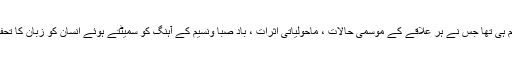
یہ علم ہی تھا جس نے ہر علاقے کے موسمی حالات ، ماحولیاتی اثرات ، باد صبا ونسیم کے آہنگ کو سمیٹتے ہوئے انسان کو زبان کا تحفہ دیا۔